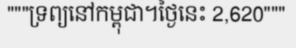
"""ទ្រព្យនៅកម្ពុជា។ថ្ងៃនេះ 2,620"""